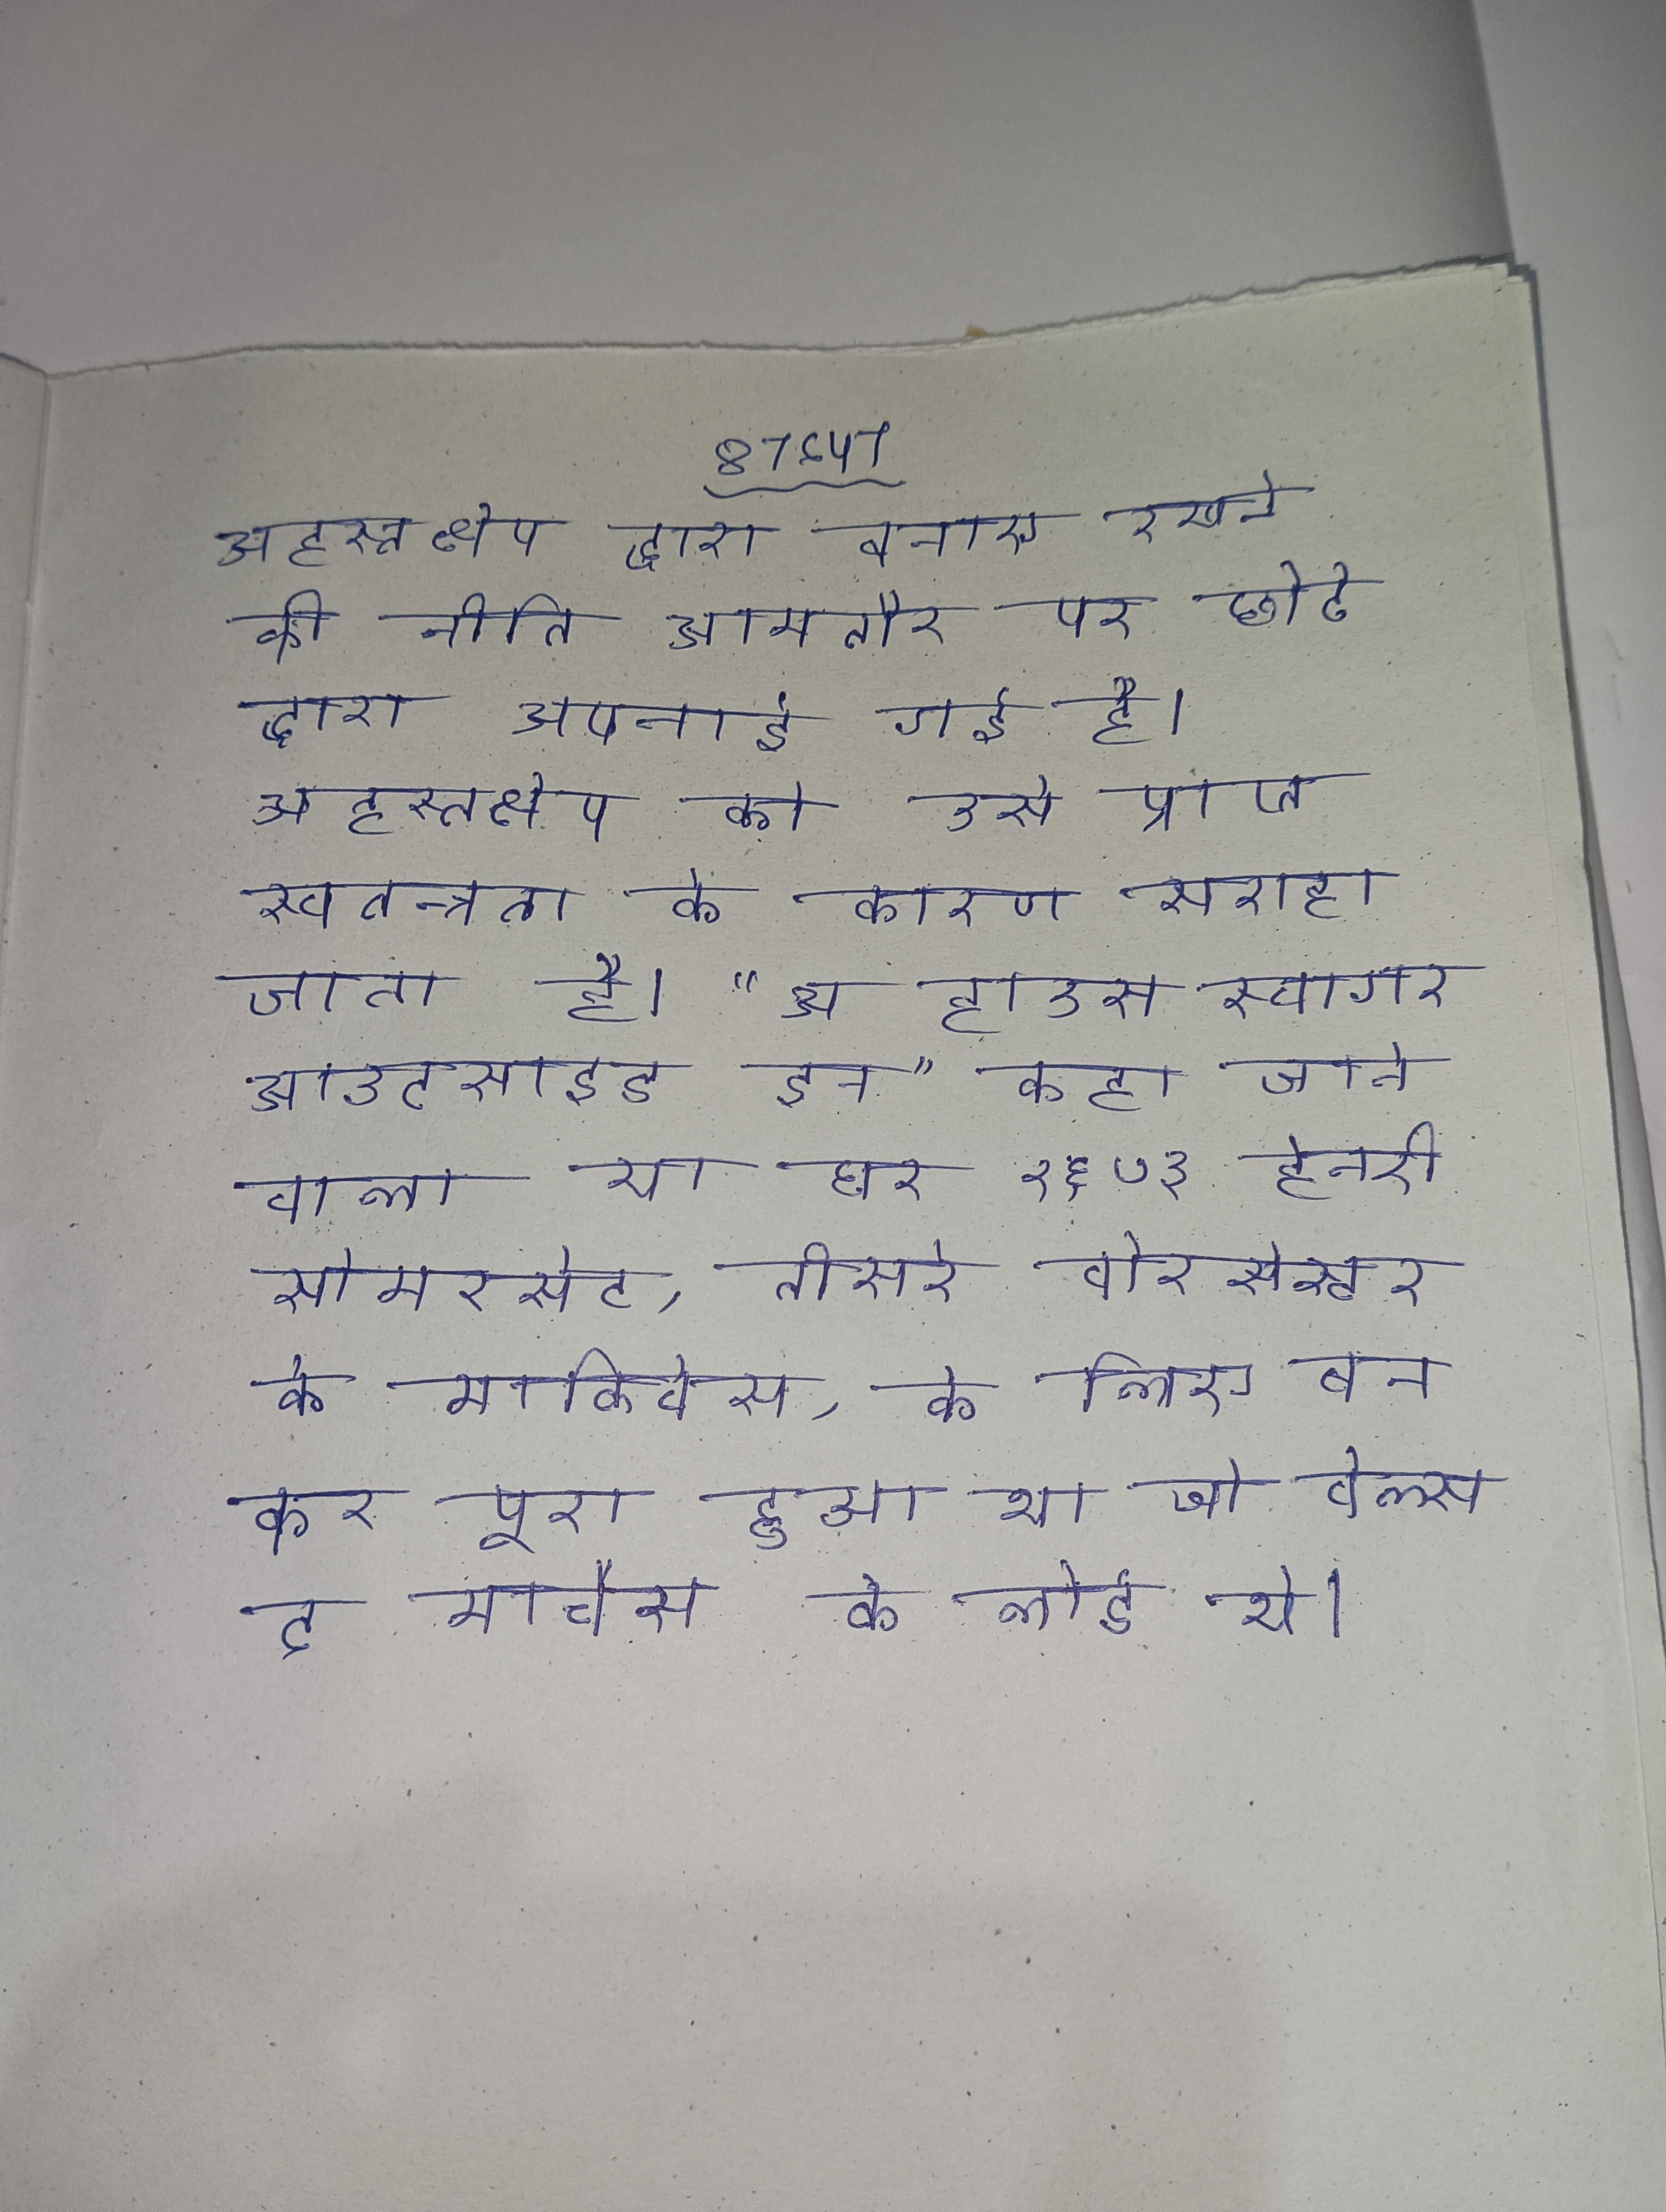
अहस्तक्षेप द्वारा बनाए रखने की नीति आमतौर पर छोटे द्वारा अपनाई गई है । अहस्तक्षेप को उसे प्राप्त स्वतन्त्रता के कारण सराहा जाता है । "अ हाउस स्वागर आउटसाइड इन" कहा जाने वाला या घर १६७३ हेनरी सोमरसेट, तीसरे वोरसेस्टर के मार्क्विस, के लिए बन कर पूरा हुआ था जो वेल्स द मार्चेस के लोर्ड थे ।